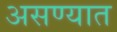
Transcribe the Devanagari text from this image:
असण्यात